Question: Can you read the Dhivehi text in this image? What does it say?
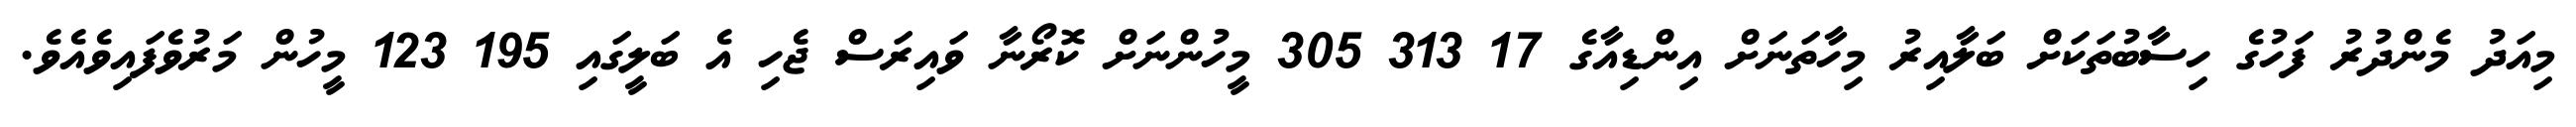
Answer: މިއަދު މެންދުރު ފަހުގެ ހިސާބުތަކަށް ބަލާއިރު މިހާތަނަށް އިންޑިއާގެ 17 313 305 މީހުންނަށް ކޮރޯނާ ވައިރަސް ޖެހި އެ ބަލީގައި 195 123 މީހުން މަރުވެފައިވެއެވެ.